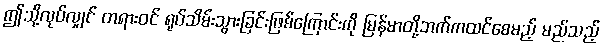
ဤသို့လုပ်လျှင် တရားဝင် ရုပ်သိမ်းသွားခြင်းဖြစ်ကြောင်းကို မြန်မာတို့ဘက်ကထင်စေမည့် မည်သည့်